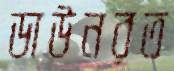
ডাউনরত